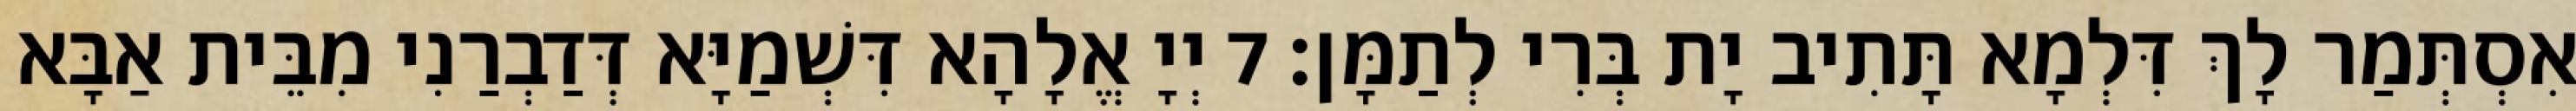
אִסְתְּמַר לָךְ דִּלְמָא תָּתִיב יָת בְּרִי לְתַמָּן׃ 7 יְיָ אֱלָהָא דִּשְׁמַיָּא דְּדַבְרַנִי מִבֵּית אַבָּא